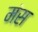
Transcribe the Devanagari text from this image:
मंस